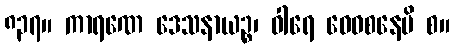
၈၃၇။ ကာရဏေ ဒေသနာယဉ္စ၊ ဝါရေ ဝေဝစနေပိ စ။